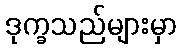
ဒုက္ခသည်များမှာ